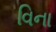
વિના